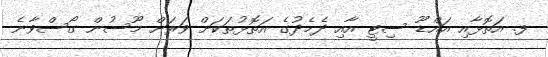
ފ. އަތޮޅާއި އައްޑޫ ސިޓީ އާއި ދެމެދުގެ އަތޮޅުތަކަށް ވަރަށް މޫސުން ގޯސްވާނެ